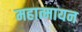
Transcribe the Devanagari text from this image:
महात्मायन